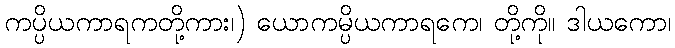
ကပ္ပိယကာရကတို့ကား၊) ယောကမ္ပိယကာရကေ၊ တို့ကို။ ဒါယကော၊